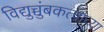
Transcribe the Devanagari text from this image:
विद्युच्चुंबकत्वाच्या